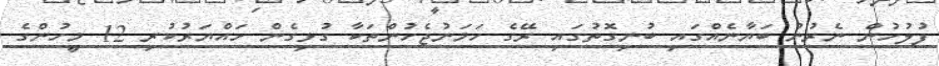
ފުލުހުން ނެރުނު ބަޔާނެއްގައި ބުނިގޮތުގައި ރޭގެ ހަމަނުޖެހުންތަކާ ގުޅިގެން ހައްޔަރުކުރި 12 މީހުންގެ